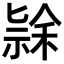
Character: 𮂄